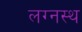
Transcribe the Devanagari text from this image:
लग्नस्थ